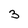
Character: 3